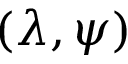
( \lambda , \psi )